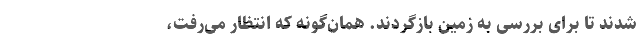
شدند تا برای بررسی‌ به زمین بازگردند. همان‌گونه که انتظار می‌رفت،